[Report on the health of British troops in the Madras command]
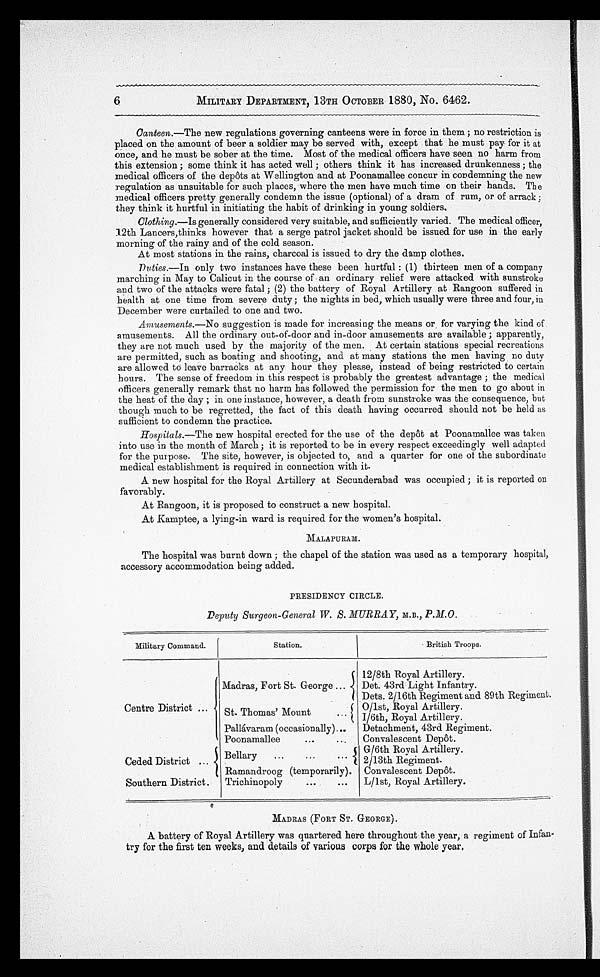
6
MILITARY DEPARTMENT, 13TH OCTOBER 1880, No. 6462.
Canteen .—The new regulations governing canteens were in force in them; no restriction is
placed on the amount of beer a soldier may be served with, except that he must pay for it at
once, and he must be sober at the time. Most of the medical officers have seen no harm from
this extension; some think it has acted well; others think it has increased drunkenness; the
medical officers of the depôts at Wellington and at Poonamallee concur in condemning the new
regulation as unsuitable for such places, where the men have much time on their hands. The
medical officers pretty generally condemn the issue (optional) of a dram of rum, or of arrack;
they think it hurtful in initiating the habit of drinking in young soldiers.
Clothing.—Is generally considered very suitable, and sufficiently varied. The medical officer,
12th Lancers,thinks however that a serge patrol jacket should be issued for use in the early
morning of the rainy and of the cold season.
At most stations in the rains, charcoal is issued to dry the damp clothes.
Duties.—In only two instances have these been hurtful: (1) thirteen men of a company
marching in May to Calicut in the course of an ordinary relief were attacked with sunstroke
and two of the attacks were fatal; (2) the battery of Royal Artillery at Rangoon suffered in
health at one time from severe duty; the nights in bed, which usually were three and four, in
December were curtailed to one and two.
Amusements.—No suggestion is made for increasing the means or for varying the kind of
amusements. All the ordinary out-of-door and in-door amusements are available; apparently,
they are not much used by the majority of the men. At certain stations special recreations
are permitted, such as boating and shooting, and at many stations the men having no duty
are allowed to leave barracks at any hour they please, instead of being restricted to certain
hours. The sense of freedom in this respect is probably the greatest advantage; the medical
officers generally remark that no harm has followed the permission for the men to go about in
the heat of the day; in one instance, however, a death from sunstroke was the consequence, x h u t
though much to be regretted, the fact of this death having occurred should not be held as
sufficient to condemn the practice.
Hospitals.—The new hospital erected for the use of the depôt at Poonamallee was taken
into use in the month of March; it is reported to be in every respect exceedingly well adapted
for the purpose. The site, however, is objected to, and a quarter for one of the subordinate
medical establishment is required in connection with it.
A new hospital for the Royal Artillery at Secunderabad was occupied; it is reported on
favorably.
At Rangoon, it is proposed to construct a new hospital.
At Kamptee, a lying-in ward is required for the women's hospital.
MALAPURAM.
The hospital was burnt down; the chapel of the station was used as a temporary hospital,
accessory accommodation being added.
PRESIDENCY CIRCLE.
Deputy Surgeon-General W. S. MURRAY, M.B., P.M.C.
Military Command.
Station.
B r i t i s h T r o o p s .
Centre District . . .
Madras, Fort St. George . . .
12/8th Royal Artillery.
Det. 43rd Light Infantry.
Dets. 2/16th Regiment and 89th Regiment.
S t . T h o m a s ' M o u n t . . .
0/1st, Royal Artillery.
I/6th, Royal Artillery.
Pallávaram (occasionally). . . Detachment, 43rd Regiment.
Poonamallee . . .
Convalescent Depôt.
Ceded District . . .
Bellary
G/6th Royal Artillery.
2/13th Regiment.
Ramandroog (temporarily). Convalescent Depôt.
Southern District.
Trichinopoly . . .
L/1st, Royal Artillery.
MADRAS (FORT ST. GEORGE).
A battery of Royal Artillery was quartered here throughout the year, a regiment of Infan-
-try for the first ten weeks, and details of various corps for the whole year.